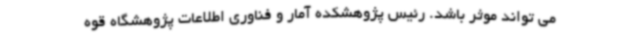
می تواند موثر باشد. رئیس پژوهشکده آمار و فناوری اطلاعات پژوهشگاه قوه